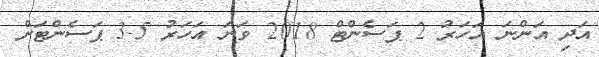
އަދި އަންނަ އަހަރު 2 ޕަސެންޓް 2018 ވަނަ އަހަރު 3.5 ޕަސެންޓަށް